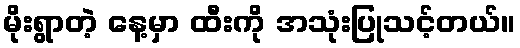
မိုးရွာတဲ့ နေ့မှာ ထီးကို အသုံးပြုသင့်တယ်။